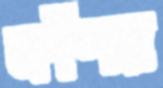
কাঁশর